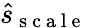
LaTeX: \hat{s}_{\mathrm{~s~c~a~l~e~}}